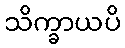
သိက္ခာယပိ